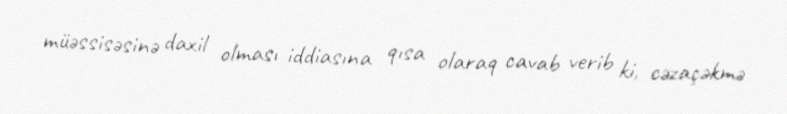
müəssisəsinə daxil olması iddiasına qısa olaraq cavab verib ki, cəzaçəkmə